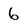
Character: 6